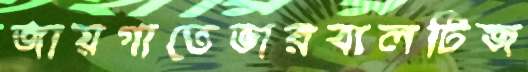
জায়গাতেভারবালটিজ